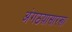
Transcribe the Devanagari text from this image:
अंगठय़ासारखा